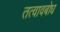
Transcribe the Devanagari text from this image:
तत्वावबोध